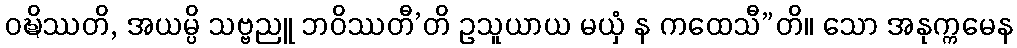
ဝဍ္ဎိဿတိ, အယမ္ပိ သဗ္ဗညူ ဘဝိဿတီ’တိ ဥသူယာယ မယှံ န ကထေသီ”တိ။ သော အနုက္ကမေန